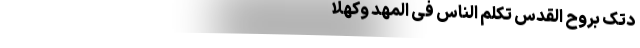
دْتُکَ بِرُوحِ الْقُدُسِ تُکَلِّمُ النَّاسَ فِی الْمَهْدِ وَکَهْلًا